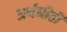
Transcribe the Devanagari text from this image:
अर्थनीती